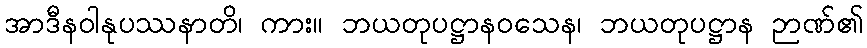
အာဒီနဝါနုပဿနာတိ၊ ကား။ ဘယတုပဋ္ဌာနဝသေန၊ ဘယတုပဋ္ဌာန ဉာဏ်၏